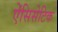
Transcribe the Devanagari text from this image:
ऐंसिसेटिक